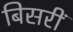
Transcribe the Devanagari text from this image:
बिसरीं